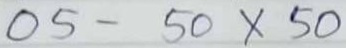
05 - 50 x 50